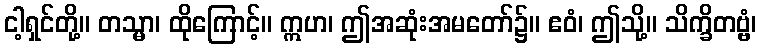
ငါ့ရှင်တို့။ တသ္မာ၊ ထိုကြောင့်။ ဣဟ၊ ဤအဆုံးအမတော်၌။ ဧဝံ၊ ဤသို့။ သိက္ခိတဗ္ဗံ၊